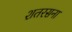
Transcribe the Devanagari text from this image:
शतरसना